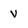
Character: v